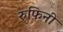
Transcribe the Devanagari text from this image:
रुफिनी